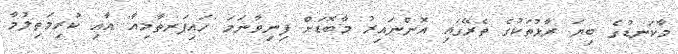
މާކަނޑުގެ ބިޔަ ރާޅުތަކުގެ ތެރޭގައި އޮންނައިރު މާބޮޑަށް ފިނިވާނަމަ 'ހައިޕަރތާމިއާ' އާއި ކުރިމަތިލުމާ